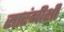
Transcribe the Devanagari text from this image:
सारंगीशी